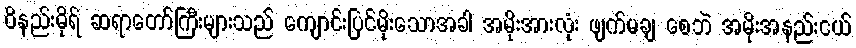
ဝိနည်းဓိုရ် ဆရာတော်ကြီးများသည် ကျောင်းပြင်မိုးသောအခါ အမိုးအားလုံး ဖျက်မချ စေဘဲ အမိုးအနည်းငယ်